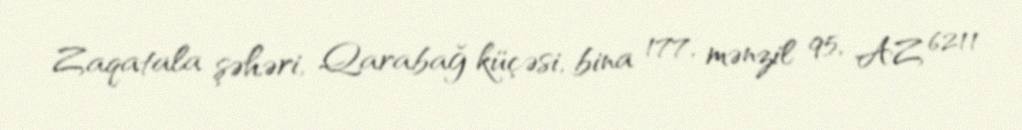
Zaqatala şəhəri, Qarabağ küçəsi, bina 177, mənzil 95, AZ 6211